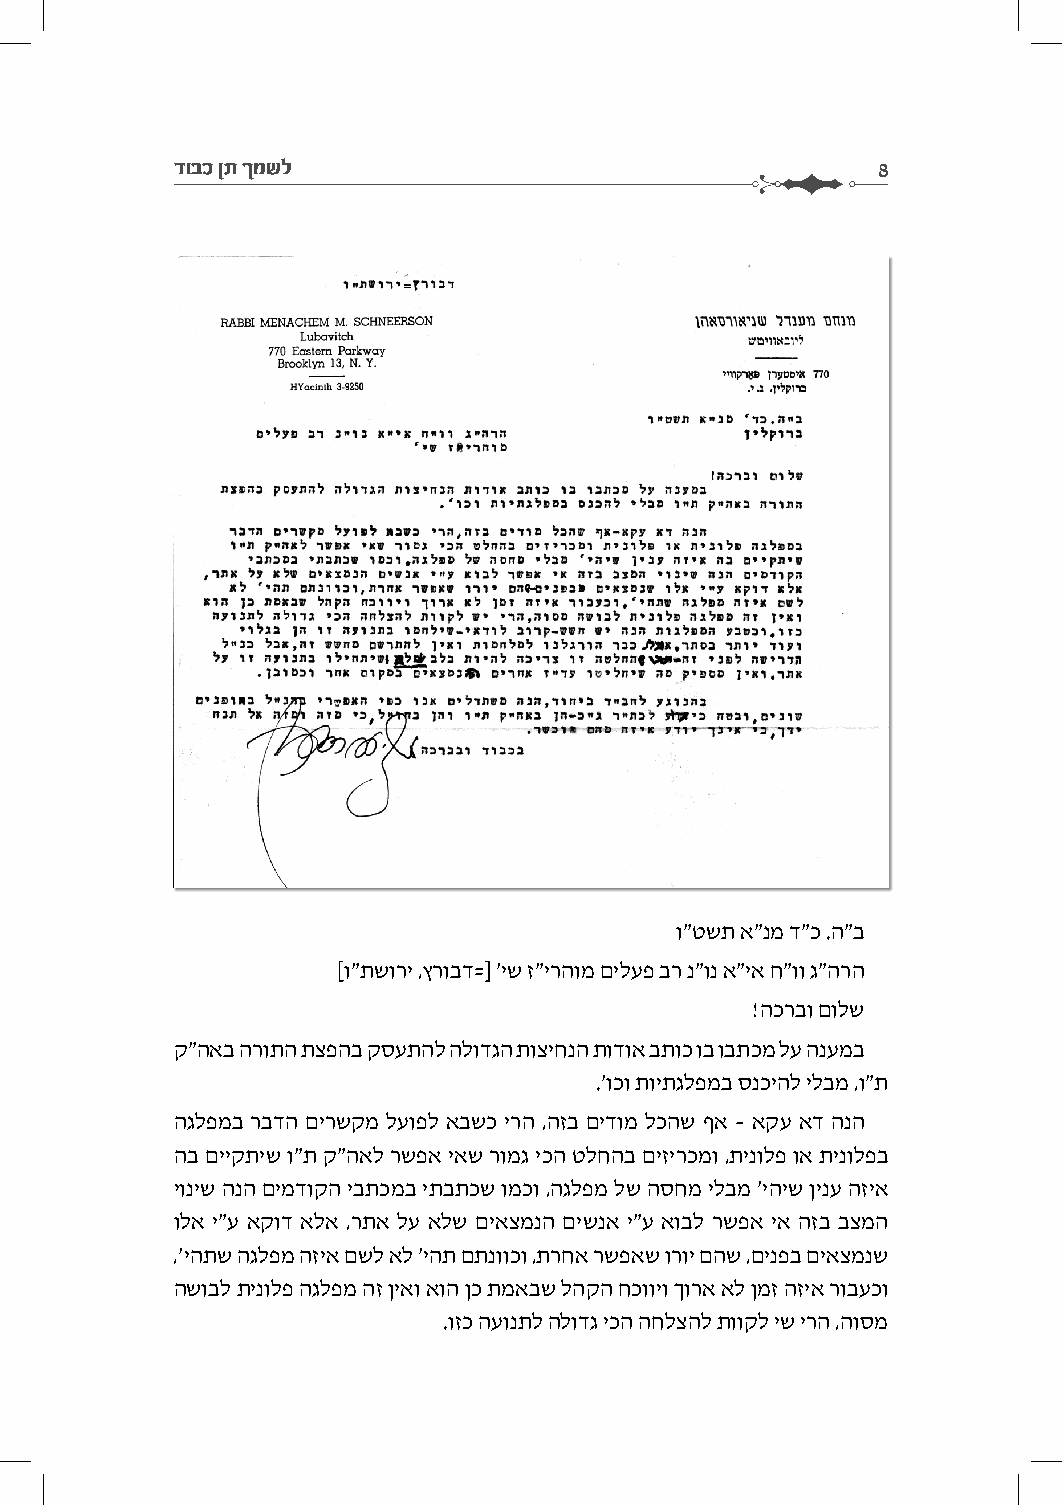
דובכ ןת ךמשל                                   8
 ו"טשת א"נמ ד"כ .ה"ב
 [ו"תשורי ,ץרובד=] 'יש ז"ירהומ םילעפ בר נ"ונ א"יא ח"וו ג"הרה
 !הכרבו םולש
 ק"האב הרותה תצפהב קסעתהל הלודגה תוציחנה תודוא בתוכ וב ובתכמ לע הנעמב
 .'וכו תויתגלפמב סנכיהל ילבמ ,ו"ת
 הגלפמב רבדה םירשקמ לעופל אבשכ ירה ,הזב םידומ לכהש ףא – אקע אד הנה
 הב םייקתיש ו"ת ק"האל רשפא יאש רומג יכה טלחהב םיזירכמו ,תינולפ וא תינולפב
 יוניש הנה םימדוקה יבתכמב יתבתכש ומכו ,הגלפמ לש הסחמ ילבמ 'יהיש ןינע הזיא
 ולא י"ע אקוד אלא ,רתא לע אלש םיאצמנה םישנא י"ע אובל רשפא יא הזב בצמה
 ,'יהתש הגלפמ הזיא םשל אל 'יהת םתנווכו ,תרחא רשפאש ורוי םהש ,םינפב םיאצמנש
 השובל תינולפ הגלפמ הז ןיאו אוה ןכ תמאבש להקה חכוויו ךורא אל ןמז הזיא רובעכו
 .וזכ העונתל הלודג יכה החלצהל תווקל יש ירה ,הוסמ